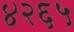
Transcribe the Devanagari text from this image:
४२६५